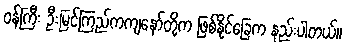
ဝန်ကြီး ဦးမြင့်ကြည်ကကျနော်တို့က ဖြစ်နိုင်ခြေက နည်းပါတယ်။